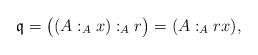
LaTeX: \begin{align*} \mathfrak{q}=\bigl((A:_A x) :_A r\bigr) = (A:_A rx),\end{align*}